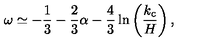
\omega \simeq - \frac { 1 } { 3 } - \frac { 2 } { 3 } \alpha - \frac { 4 } { 3 } \ln \left( \frac { k _ { \mathrm { c } } } { H } \right) ,